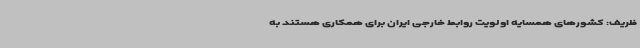
ظریف: کشورهای همسایه اولویت روابط خارجی ایران برای همکاری هستند به